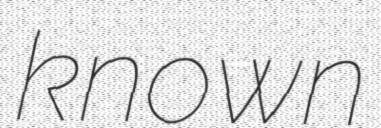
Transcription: known